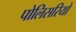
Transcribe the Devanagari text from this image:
पोलिसरियों